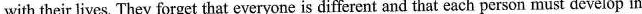
with theirlives. They forget that everyone is different and that each person must develop in